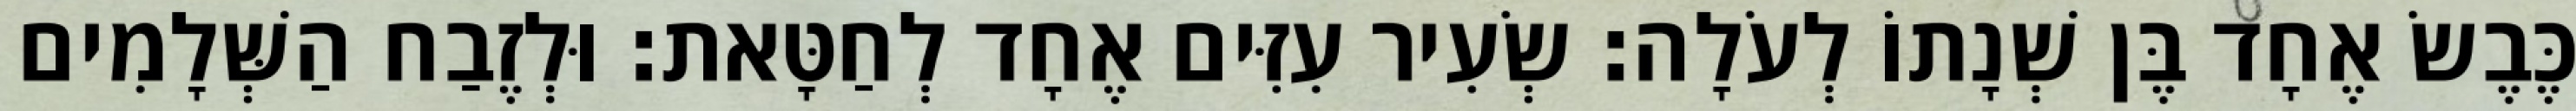
כֶּבֶשׂ אֶחָד בֶּן שְׁנָתוֹ לְעֹלָה׃ שְׂעִיר עִזִּים אֶחָד לְחַטָּאת׃ וּלְזֶבַח הַשְּׁלָמִים